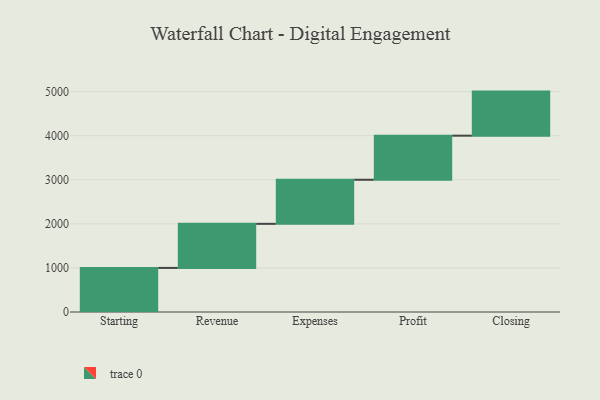
{"axis": {"x": "Step", "y": "Value"}, "legend": [""], "data": [{"x": "Starting", "y": 1000, "type": ""}, {"x": "Revenue", "y": 1000, "type": ""}, {"x": "Expenses", "y": 1000, "type": ""}, {"x": "Profit", "y": 1000, "type": ""}, {"x": "Closing", "y": 1000, "type": ""}]}